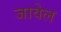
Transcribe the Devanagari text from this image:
जावेल